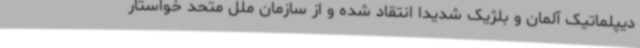
دیپلماتیک آلمان و بلژیک شدیداً انتقاد شده و از سازمان ملل متحد خواستار